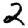
Digit: 2